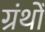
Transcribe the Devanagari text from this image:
ग्रंथोँ